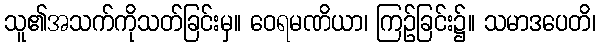
သူ၏အသက်ကိုသတ်ခြင်းမှ။ ဝေရမဏိယာ၊ ကြဉ်ခြင်း၌။ သမာဒပေတိ၊